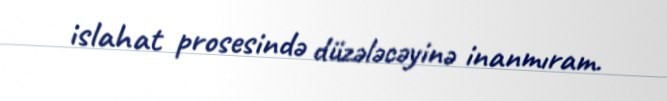
islahat prosesində düzələcəyinə inanmıram.